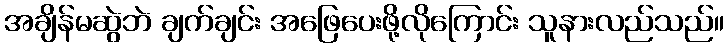
အချိန်မဆွဲဘဲ ချက်ချင်း အဖြေပေးဖို့လိုကြောင်း သူနားလည်သည်။